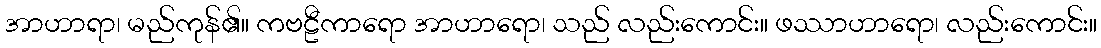
အာဟာရာ၊ မည်ကုန်၏။ ကဗဠီကာရော အာဟာရော၊ သည် လည်းကောင်း။ ဖဿာဟာရော၊ လည်းကောင်း။